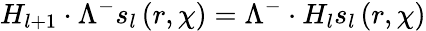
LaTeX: H_{l+1}\cdot\Lambda^{-}s_{l}\left(r,\chi\right)=\Lambda^{-}\cdot H_{l}s_{l}\left(r,\chi\right)